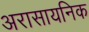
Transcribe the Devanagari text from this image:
अरासायनिक